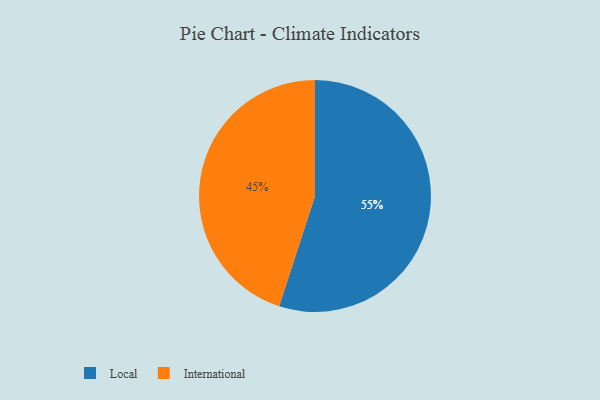
{"axis": {"x": "Category", "y": "Percentage"}, "legend": ["International", "Local"], "data": [{"x": "International", "y": 45, "type": "International"}, {"x": "Local", "y": 55, "type": "Local"}]}